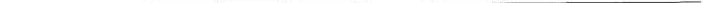
___